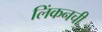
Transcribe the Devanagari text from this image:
लिंकनची